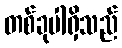
တစ်ခုပါရှိသည်